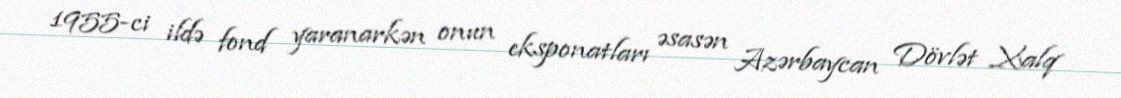
1955-ci ildə fond yaranarkən onun eksponatları əsasən Azərbaycan Dövlət Xalq